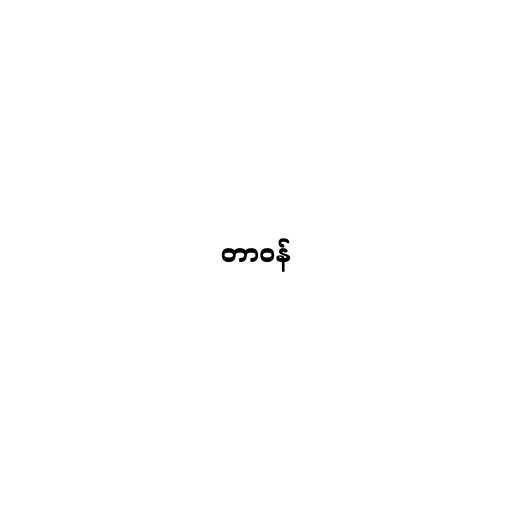
တာဝန်